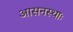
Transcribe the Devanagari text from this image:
आसनस्थाः